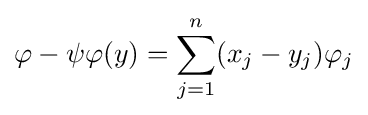
\varphi -\psi \varphi (y)=\sum _{j=1}^{n}(x_{j}-y_{j})\varphi _{j}